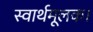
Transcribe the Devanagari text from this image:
स्वार्थमूलक।